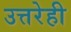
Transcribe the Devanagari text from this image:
उत्तरेही